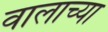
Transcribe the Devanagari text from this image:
वालाच्या